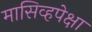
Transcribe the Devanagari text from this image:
मासिव्हपेक्षा